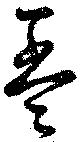
孟